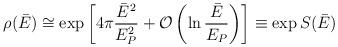
LaTeX: \begin{align*}\rho(\bar E) \cong \exp\left[ 4\pi {\bar E^2\over E^2_P} + {\cal O} \left( \ln {\bar E\over E_P} \right) \right] \equiv \exp S(\bar E)\end{align*}